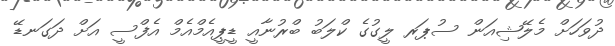
ދުވަހަށް މެލޭޝިއަން ސުޕަރ ލީގުގެ ކްލަބު ބްރުނާއީ ޑީޕީއެމްއެމް އެފްސީ އަށް ދަގަނޑޭ